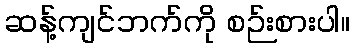
ဆန့်ကျင်ဘက်ကို စဉ်းစားပါ။